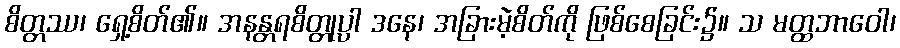
စိတ္တဿ၊ ရှေ့စိတ်၏။ အနန္တရစိတ္တုပ္ပါ ဒနေ၊ အခြားမဲ့စိတ်ကို ဖြစ်စေခြင်း၌။ သ မတ္ထဘာဝေါ၊